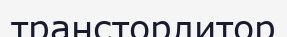
трансторлитор